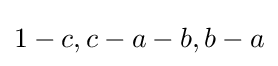
1-c,c-a-b,b-a